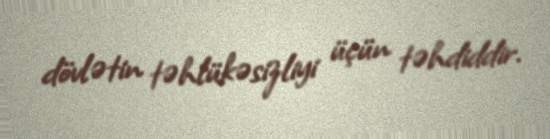
dövlətin təhlükəsizliyi üçün təhdiddir.